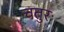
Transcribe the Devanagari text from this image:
चतुरः